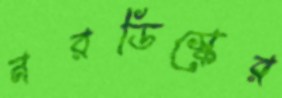
নরডিস্কের